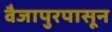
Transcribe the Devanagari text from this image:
वैजापुरपासून